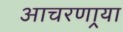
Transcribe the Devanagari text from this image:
आचरणार्‍या